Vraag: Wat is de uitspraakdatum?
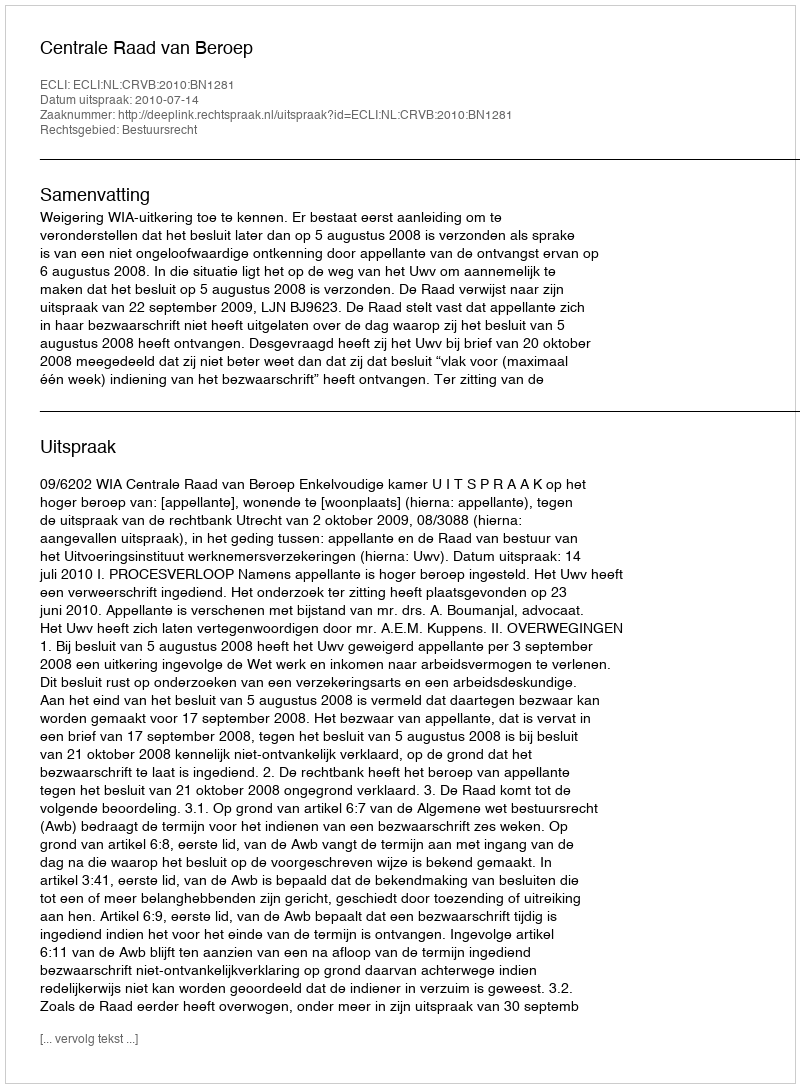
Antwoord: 2010-07-14